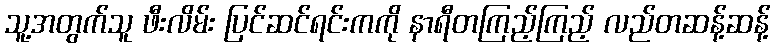
သူ့အတွက်သူ ဖီးလိမ်း ပြင်ဆင်ရင်းကကို နာရီတကြည့်ကြည့် လည်တဆန့်ဆန့်